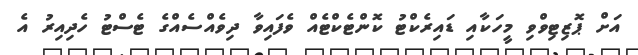
އަށް ޕޮޒިޓިވްވި މީހަކާއި ޑައިރެކްޓު ކޮންޓެކްޓެއް ވެފައިވާ ދިވެއްސެއްގެ ޓެސްޓު ހެދިއިރު އެ